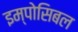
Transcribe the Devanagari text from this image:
इम्पोसिबल